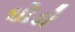
ઘોડો